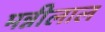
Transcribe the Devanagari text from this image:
मन्नीलाल